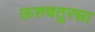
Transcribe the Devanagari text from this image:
ऊरुचतुरस्रा